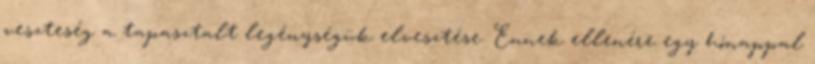
veszteség a tapasztalt legénységük elvesztése. Ennek ellenére egy hónappal